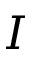
I